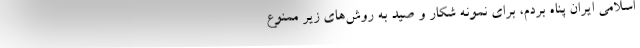
اسلامي ايران پناه بردم، براي نمونه شكار و صيد به روش‌هاي زير ممنوع